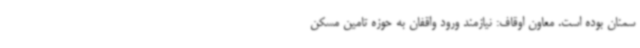
سمنان بوده است. معاون اوقاف: نیازمند ورود واقفان به حوزه تامین مسکن